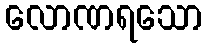
လောဏရသော